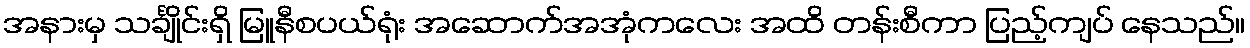
အနားမှ သင်္ချိုင်းရှိ မြူနီစပယ်ရုံး အဆောက်အအုံကလေး အထိ တန်းစီကာ ပြည့်ကျပ် နေသည်။